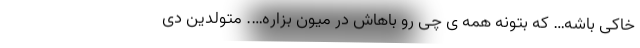
خاکی باشه… که بتونه همه ی چی رو باهاش در میون بزاره…. متولدین دی